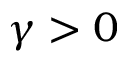
\gamma > 0